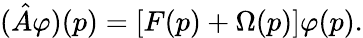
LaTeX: (\hat{A}\varphi)(p)=[F(p)+\Omega(p)]\varphi(p).